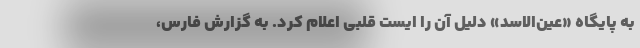
به پایگاه «عین‌الاسد» دلیل آن را ایست قلبی اعلام کرد. به گزارش فارس،